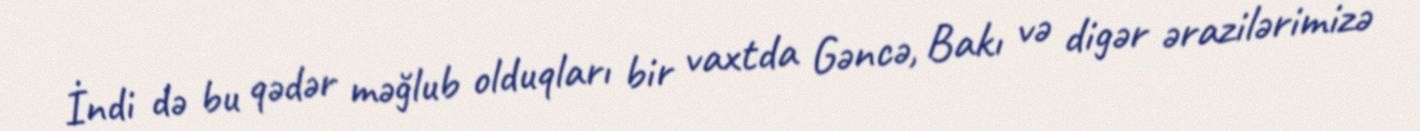
İndi də bu qədər məğlub olduqları bir vaxtda Gəncə, Bakı və digər ərazilərimizə